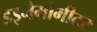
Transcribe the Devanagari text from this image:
डइनेमोमीटर